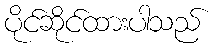
ပိုင်ဆိုင်ထားပါသည်